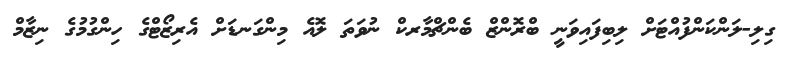
ގިލި-ލަންކަންފުއްޓަށް ލިބިފައިވަނީ ބްރޮންޒް ބެންޗްމާރކް ނުވަތަ ލޮއެ މިންގަނޑަށް އެރިޒޯޓްގެ ހިންގުމުގެ ނިޒާމް